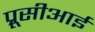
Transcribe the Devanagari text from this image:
प्रूसीआई